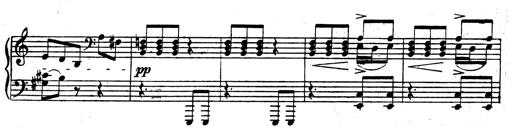
Title: 3 Sonatinas for Piano
Composer: Vissarion Shebalin